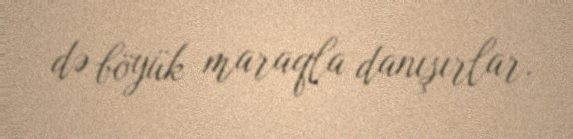
də böyük maraqla danışırlar.